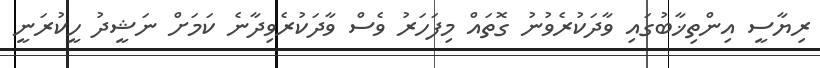
ރިޔާސީ އިންތިޚާބުގައި ވާދަކުރެވުނު ގޮތައް މިފަހަރު ވެސް ވާދަކުރެވިދާނެ ކަމަށް ނަޝީދު ހީކުރަނީ